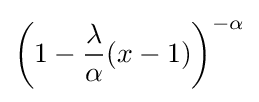
\left(1-{\frac {\lambda }{\alpha }}(x-1)\right)^{-\alpha }